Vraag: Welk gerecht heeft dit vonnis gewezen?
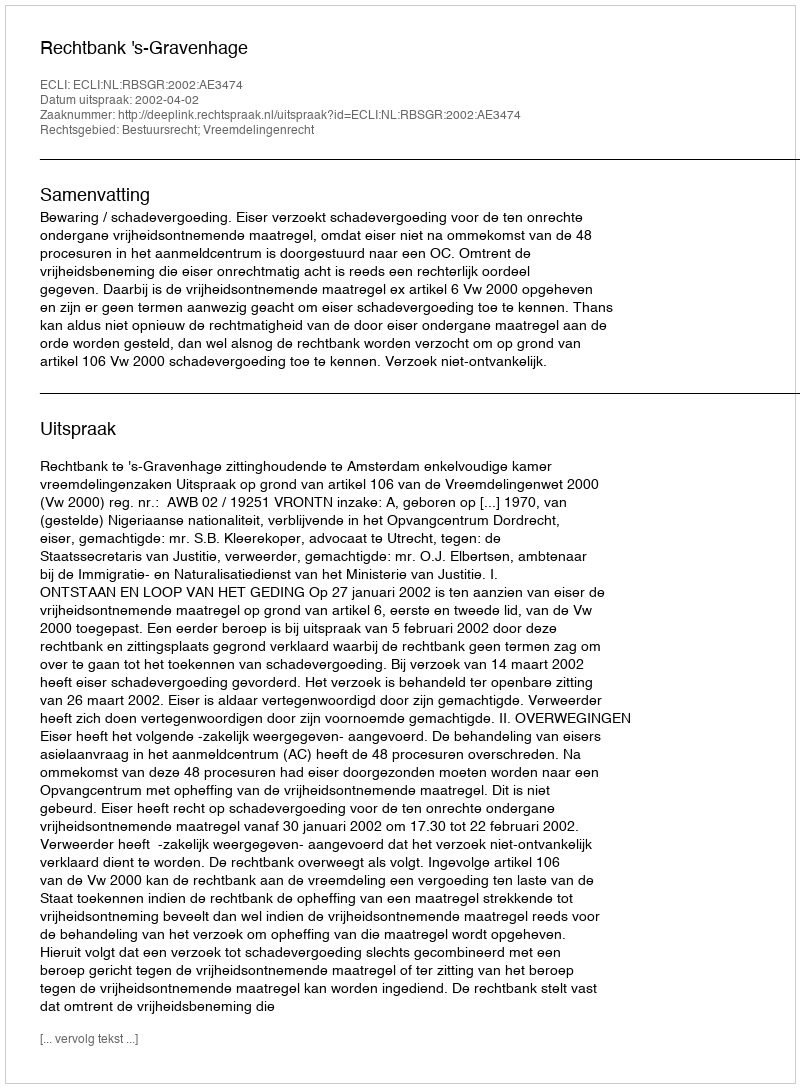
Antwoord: Rechtbank 's-Gravenhage